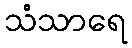
သံသာရေ